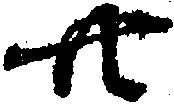
廿